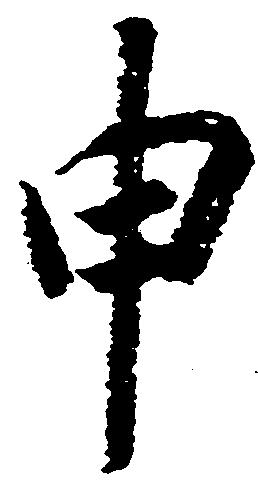
申